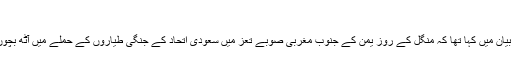
‘‘
مک گولڈرک نے جمعرات کو اپنے بیان میں کہا تھا کہ منگل کے روز یمن کے جنوب مغربی صوبے تعز میں سعودی اتحاد کے جنگی طیاروں کے حملے میں آٹھ بچوں سمیت 54 عام شہری مارے گئے۔